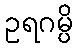
ဥရဂမ္ပိ